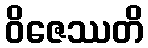
ဝိဇေဿတိ